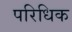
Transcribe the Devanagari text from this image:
परिधिक